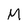
Character: M